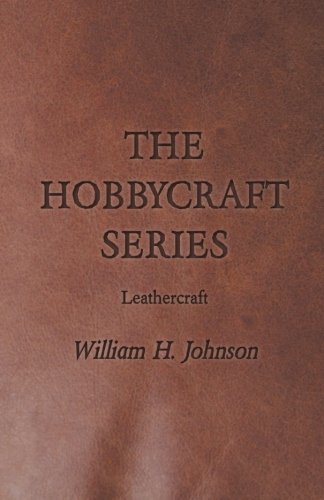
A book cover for The Hobbycraft Series - Leathercraft; William H. Johnson; Crafts, Hobbies & Home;